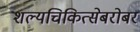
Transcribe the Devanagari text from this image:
शल्यचिकित्सेबरोबर